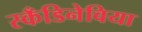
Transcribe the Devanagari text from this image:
स्कँडिनेविया